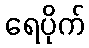
ရေပိုက်